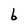
Character: 6